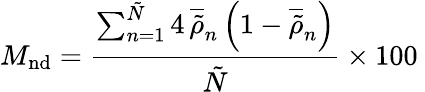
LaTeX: M_{\mathrm{nd}}=\frac{\sum_{n=1}^{\tilde{N}}4\, \overline{{\tilde{\rho}}}_{n}\left(1-\overline{{\tilde{\rho}}}_{n}\right)}{\tilde{N}}\times 100\